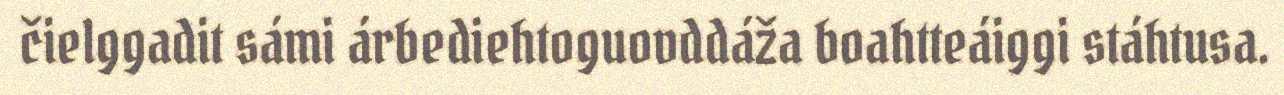
čielggadit sámi árbediehtoguovddáža boahtteáiggi stáhtusa.